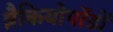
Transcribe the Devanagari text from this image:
ब्रैकियोपॉडों